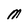
Character: M